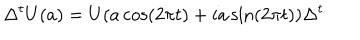
\Delta ^ { t } U ( a ) = U ( a \cos ( 2 \pi t ) + i a \sin ( 2 \pi t ) ) \Delta ^ { t }